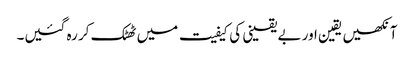
آنکھیں یقین اور بے یقینی کی کیفیت میں ٹھٹک کر رہ گئیں۔